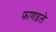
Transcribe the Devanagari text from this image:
फाणडले